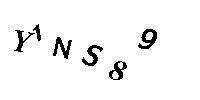
Y1NS89